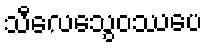
သီလေသွေဝဿပေ